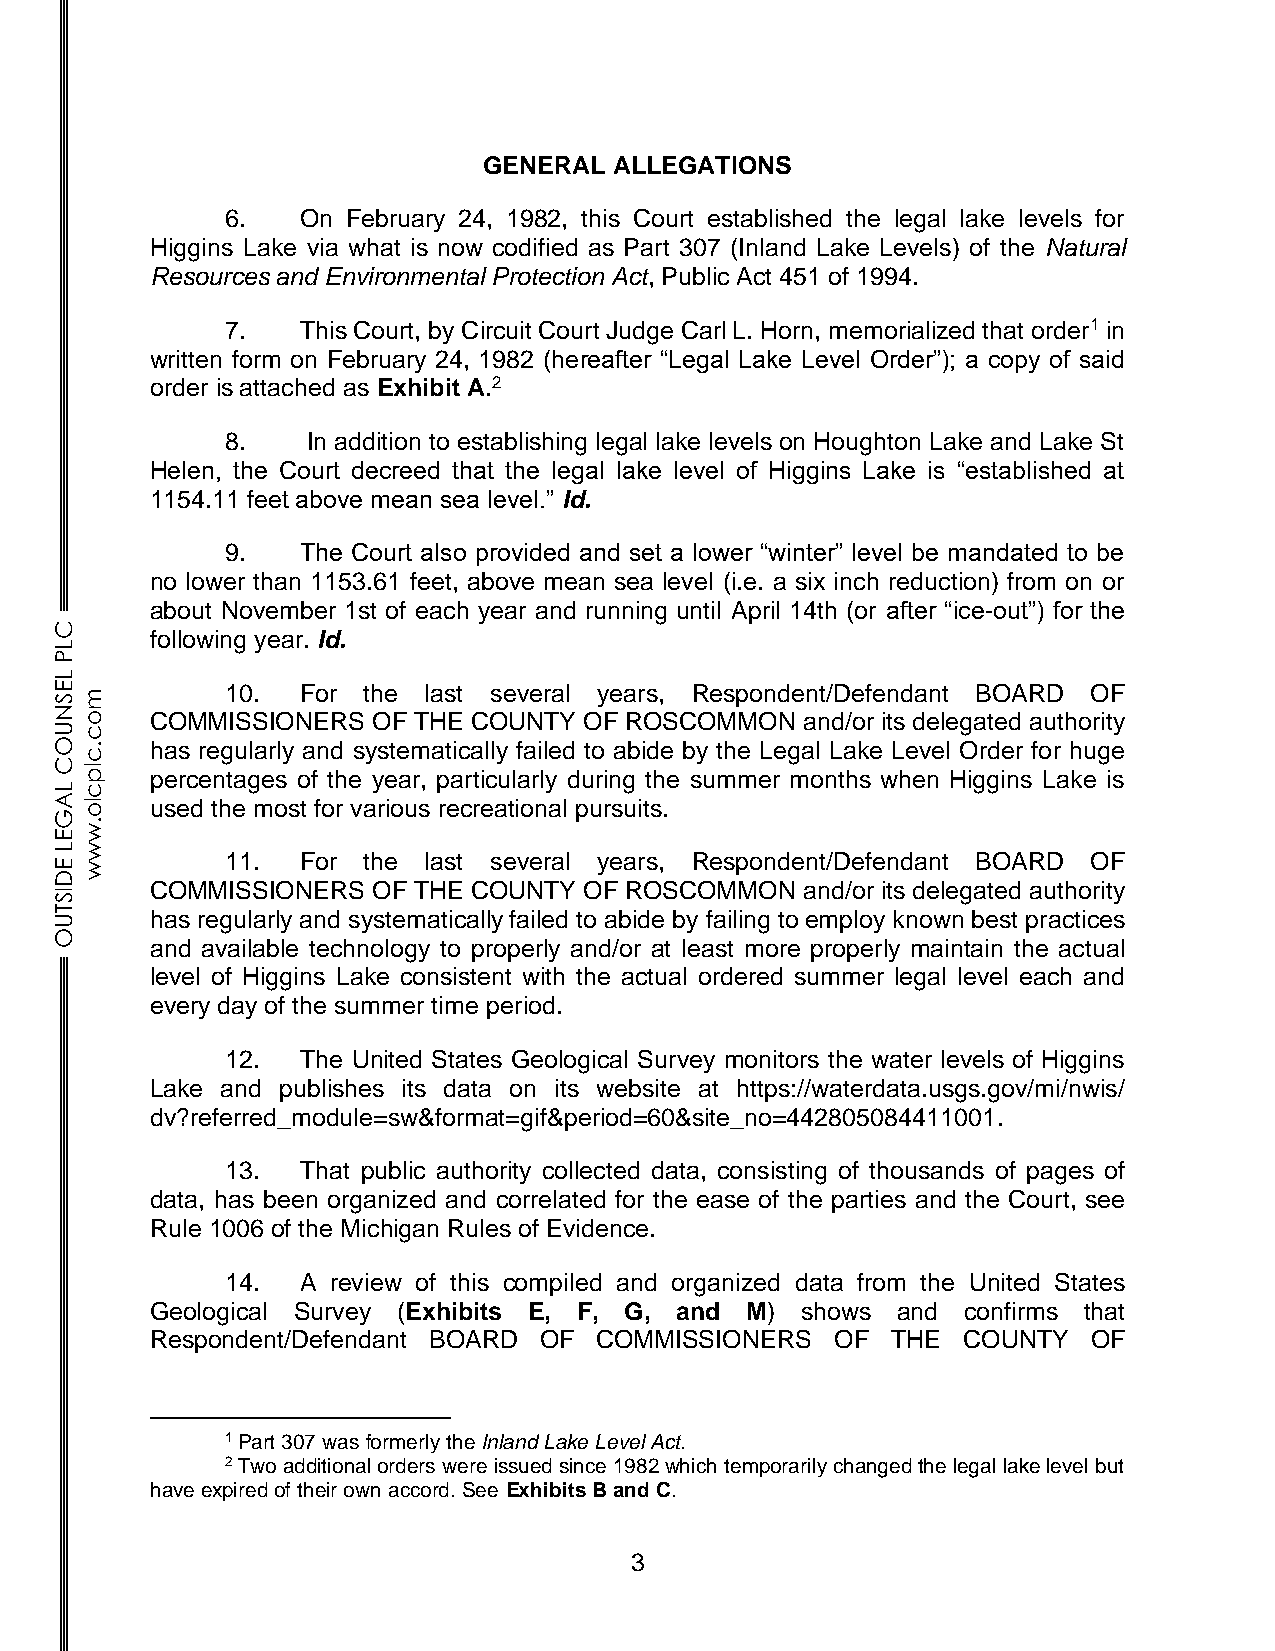
GENERAL  ALLEGATIONS
 6.   On February 24, 1982, this Court established the legal lake levels for
 Higgins Lake via what is now codified as Part 307 (Inland Lake Levels) of the Natural
 Resources and Environmental Protection Act, Public Act 451 of 1994.
 7.   This Court, by Circuit Court Judge Carl L. Horn, memorialized that order1 in
 written form on February 24, 1982 (hereafter “Legal Lake Level Order”); a copy of said
 order is attached as Exhibit A.2
 8.   In addition to establishing legal lake levels on Houghton Lake and Lake St
 Helen, the Court decreed that the legal lake level of Higgins Lake is “established at
 1154.11 feet above mean sea level.” Id.
 9.   The Court also provided and set a lower “winter” level be mandated to be
 no lower than 1153.61 feet, above mean sea level (i.e. a six inch reduction) from on or
 about November 1st of each year and running until April 14th (or after “ice-out”) for the
 C
 following year. Id.
 L
 P
 L
 E          10.  For the last several years, Respondent/Defendant BOARD OF
 Sm
 N
 o    COMMISSIONERS  OF THE COUNTY OF ROSCOMMON  and/or its delegated authority
 Uc
 O.    has regularly and systematically failed to abide by the Legal Lake Level Order for huge
 c
 Clp
 percentages of the year, particularly during the summer months when Higgins Lake is
 Lc
 Alo   used the most for various recreational pursuits.
 G
 .
 Ew
 Lw
 11.  For the last several years, Respondent/Defendant BOARD OF
 Ew
 D
 COMMISSIONERS  OF THE COUNTY OF ROSCOMMON  and/or its delegated authority
 IS
 T U   has regularly and systematically failed to abide by failing to employ known best practices
 O
 and available technology to properly and/or at least more properly maintain the actual
 level of Higgins Lake consistent with the actual ordered summer legal level each and
 every day of the summer time period.
 12.  The United States Geological Survey monitors the water levels of Higgins
 Lake and publishes its data on its website at https://waterdata.usgs.gov/mi/nwis/
 dv?referred_module=sw&format=gif&period=60&site_no=442805084411001.
 13.  That public authority collected data, consisting of thousands of pages of
 data, has been organized and correlated for the ease of the parties and the Court, see
 Rule 1006 of the Michigan Rules of Evidence.
 14.  A review of this compiled and organized data from the United States
 Geological Survey (Exhibits E, F, G, and M) shows and confirms that
 Respondent/Defendant BOARD OF COMMISSIONERS  OF  THE  COUNTY  OF
 1 Part 307 was formerly the Inland Lake Level Act.
 2 Two additional orders were issued since 1982 which temporarily changed the legal lake level but
 have expired of their own accord. See Exhibits B and C.
 3